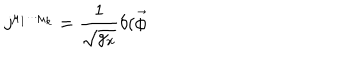
j ^ { \mu _ { 1 } \cdot \cdot \cdot \mu _ { k } } = \frac 1 { \sqrt { g _ { x } } } \delta ( \vec { \phi }